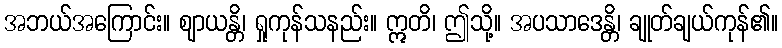
အဘယ်အကြောင်း။ ဈာယန္တိ၊ ရှုကုန်သနည်း။ ဣတိ၊ ဤသို့။ အပသာဒေန္တိ၊ ချုတ်ချယ်ကုန်၏။